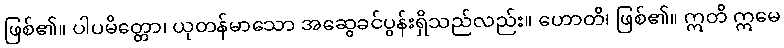
ဖြစ်၏။ ပါပမိတ္တော၊ ယုတန်မာသော အဆွေခင်ပွန်းရှိသည်လည်း။ ဟောတိ၊ ဖြစ်၏။ ဣတိ ဣမေ